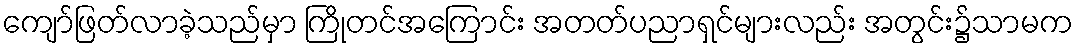
ကျော်ဖြတ်လာခဲ့သည်မှာ ကြိုတင်အကြောင်း အတတ်ပညာရှင်များလည်း အတွင်း၌သာမက